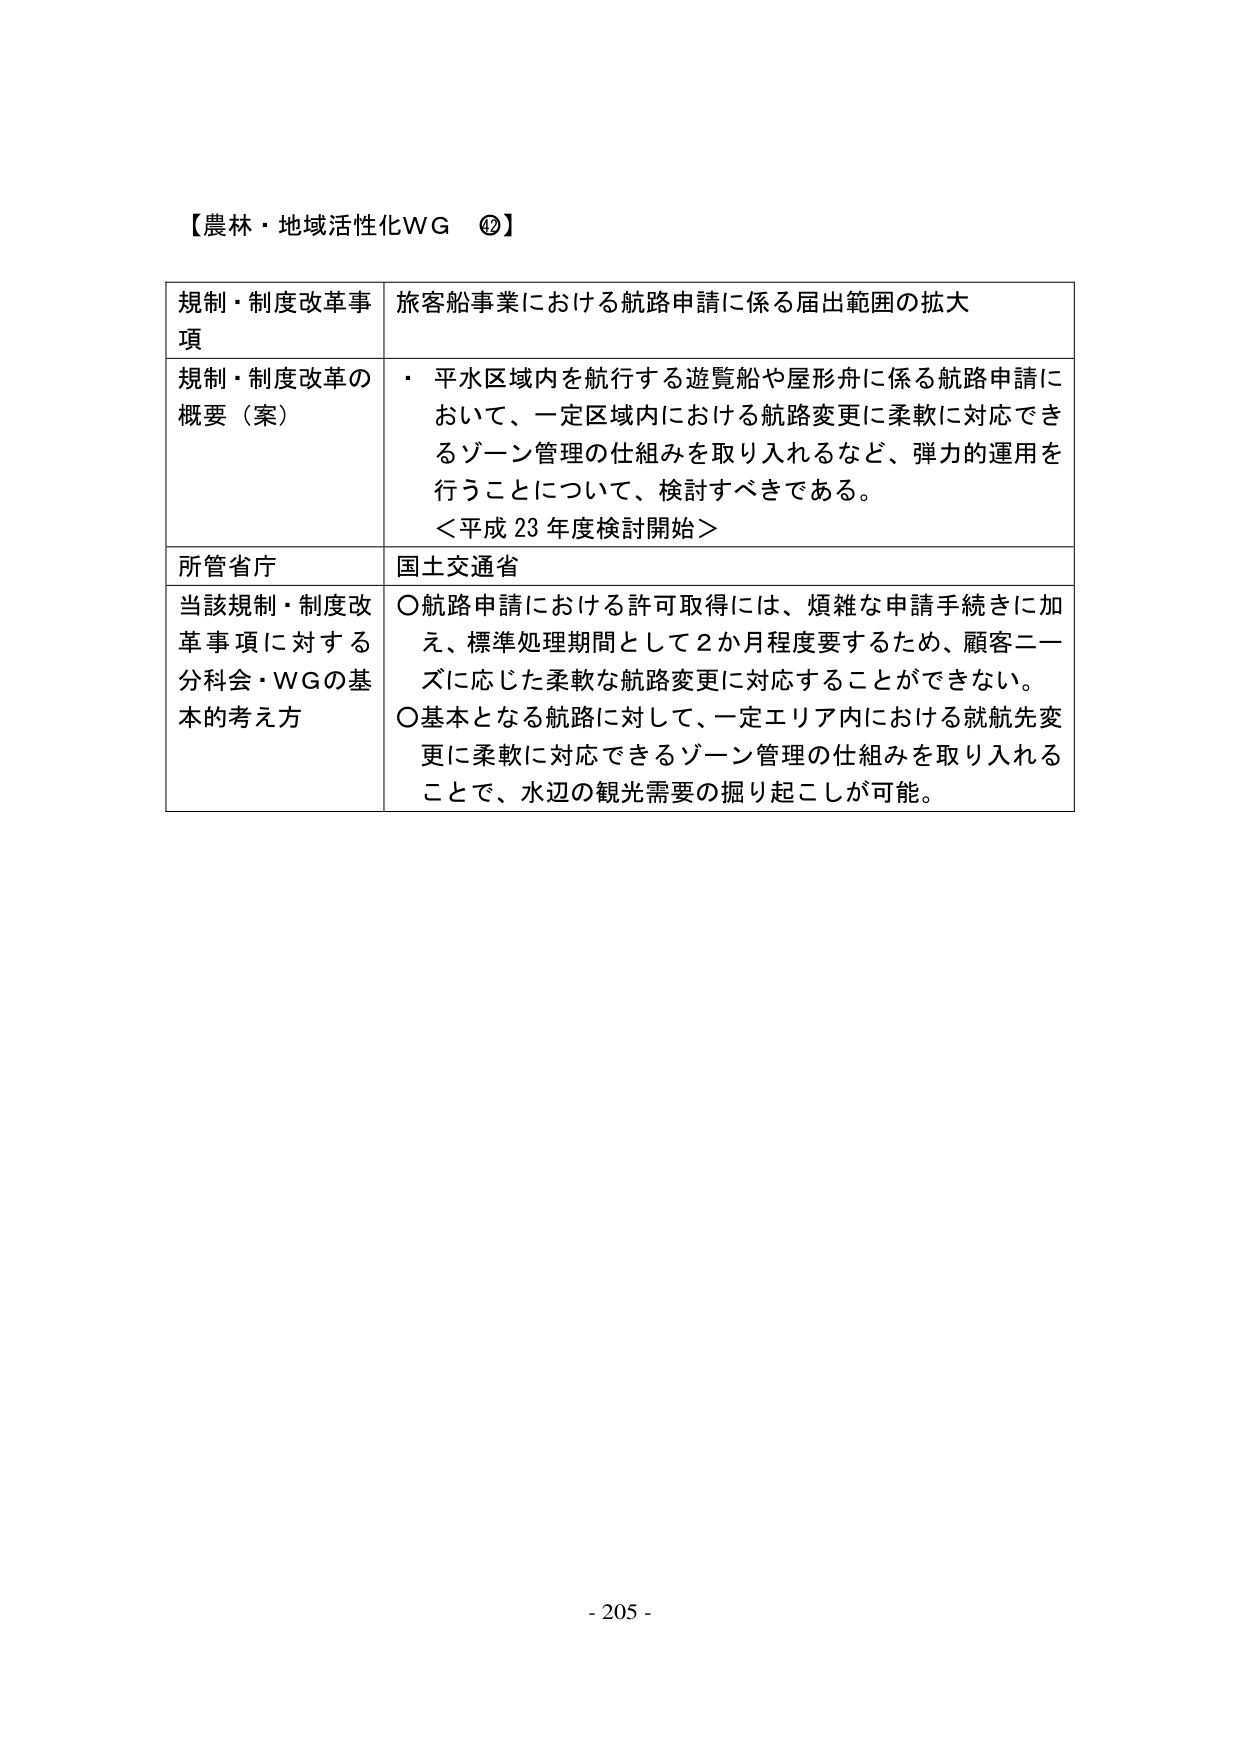
【農林・地域活性化WG ⑫】

規制・制度改革事項　旅客船事業における航路申請に係る届出範囲の拡大

規制・制度改革の概要（案）　・ 平水区域内を航行する遊覧船や屋形舟に係る航路申請において、一定区域内における航路変更に柔軟に対応できるゾーン管理の仕組みを取り入れるなど、弾力的運用を行うことについて、検討すべきである。
＜平成23年度検討開始＞

所管省庁　国土交通省

当該規制・制度改革事項に対する分科会・WGの基本的考え方　○航路申請における許可取得には、煩雑な申請手続きに加え、標準処理期間として2か月程度要するため、顧客ニーズに応じた柔軟な航路変更に対応することができない。
○基本となる航路に対して、一定エリア内における就航先変更に柔軟に対応できるゾーン管理の仕組みを取り入れることで、水辺の観光需要の掘り起こしが可能。

- 205 -